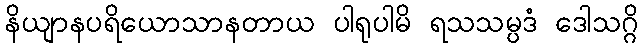
နိယျာနပရိယောသာနတာယ ပါရုပါမိ ရသသမ္ပဒံ ဒေါသဂ္ဂိ